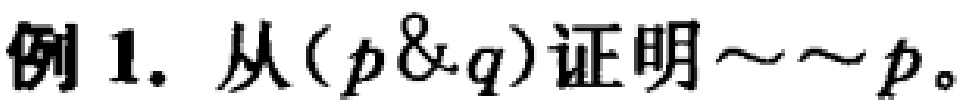
例 1. 从\((p\&q)\)证明\(\sim\sim p\)。